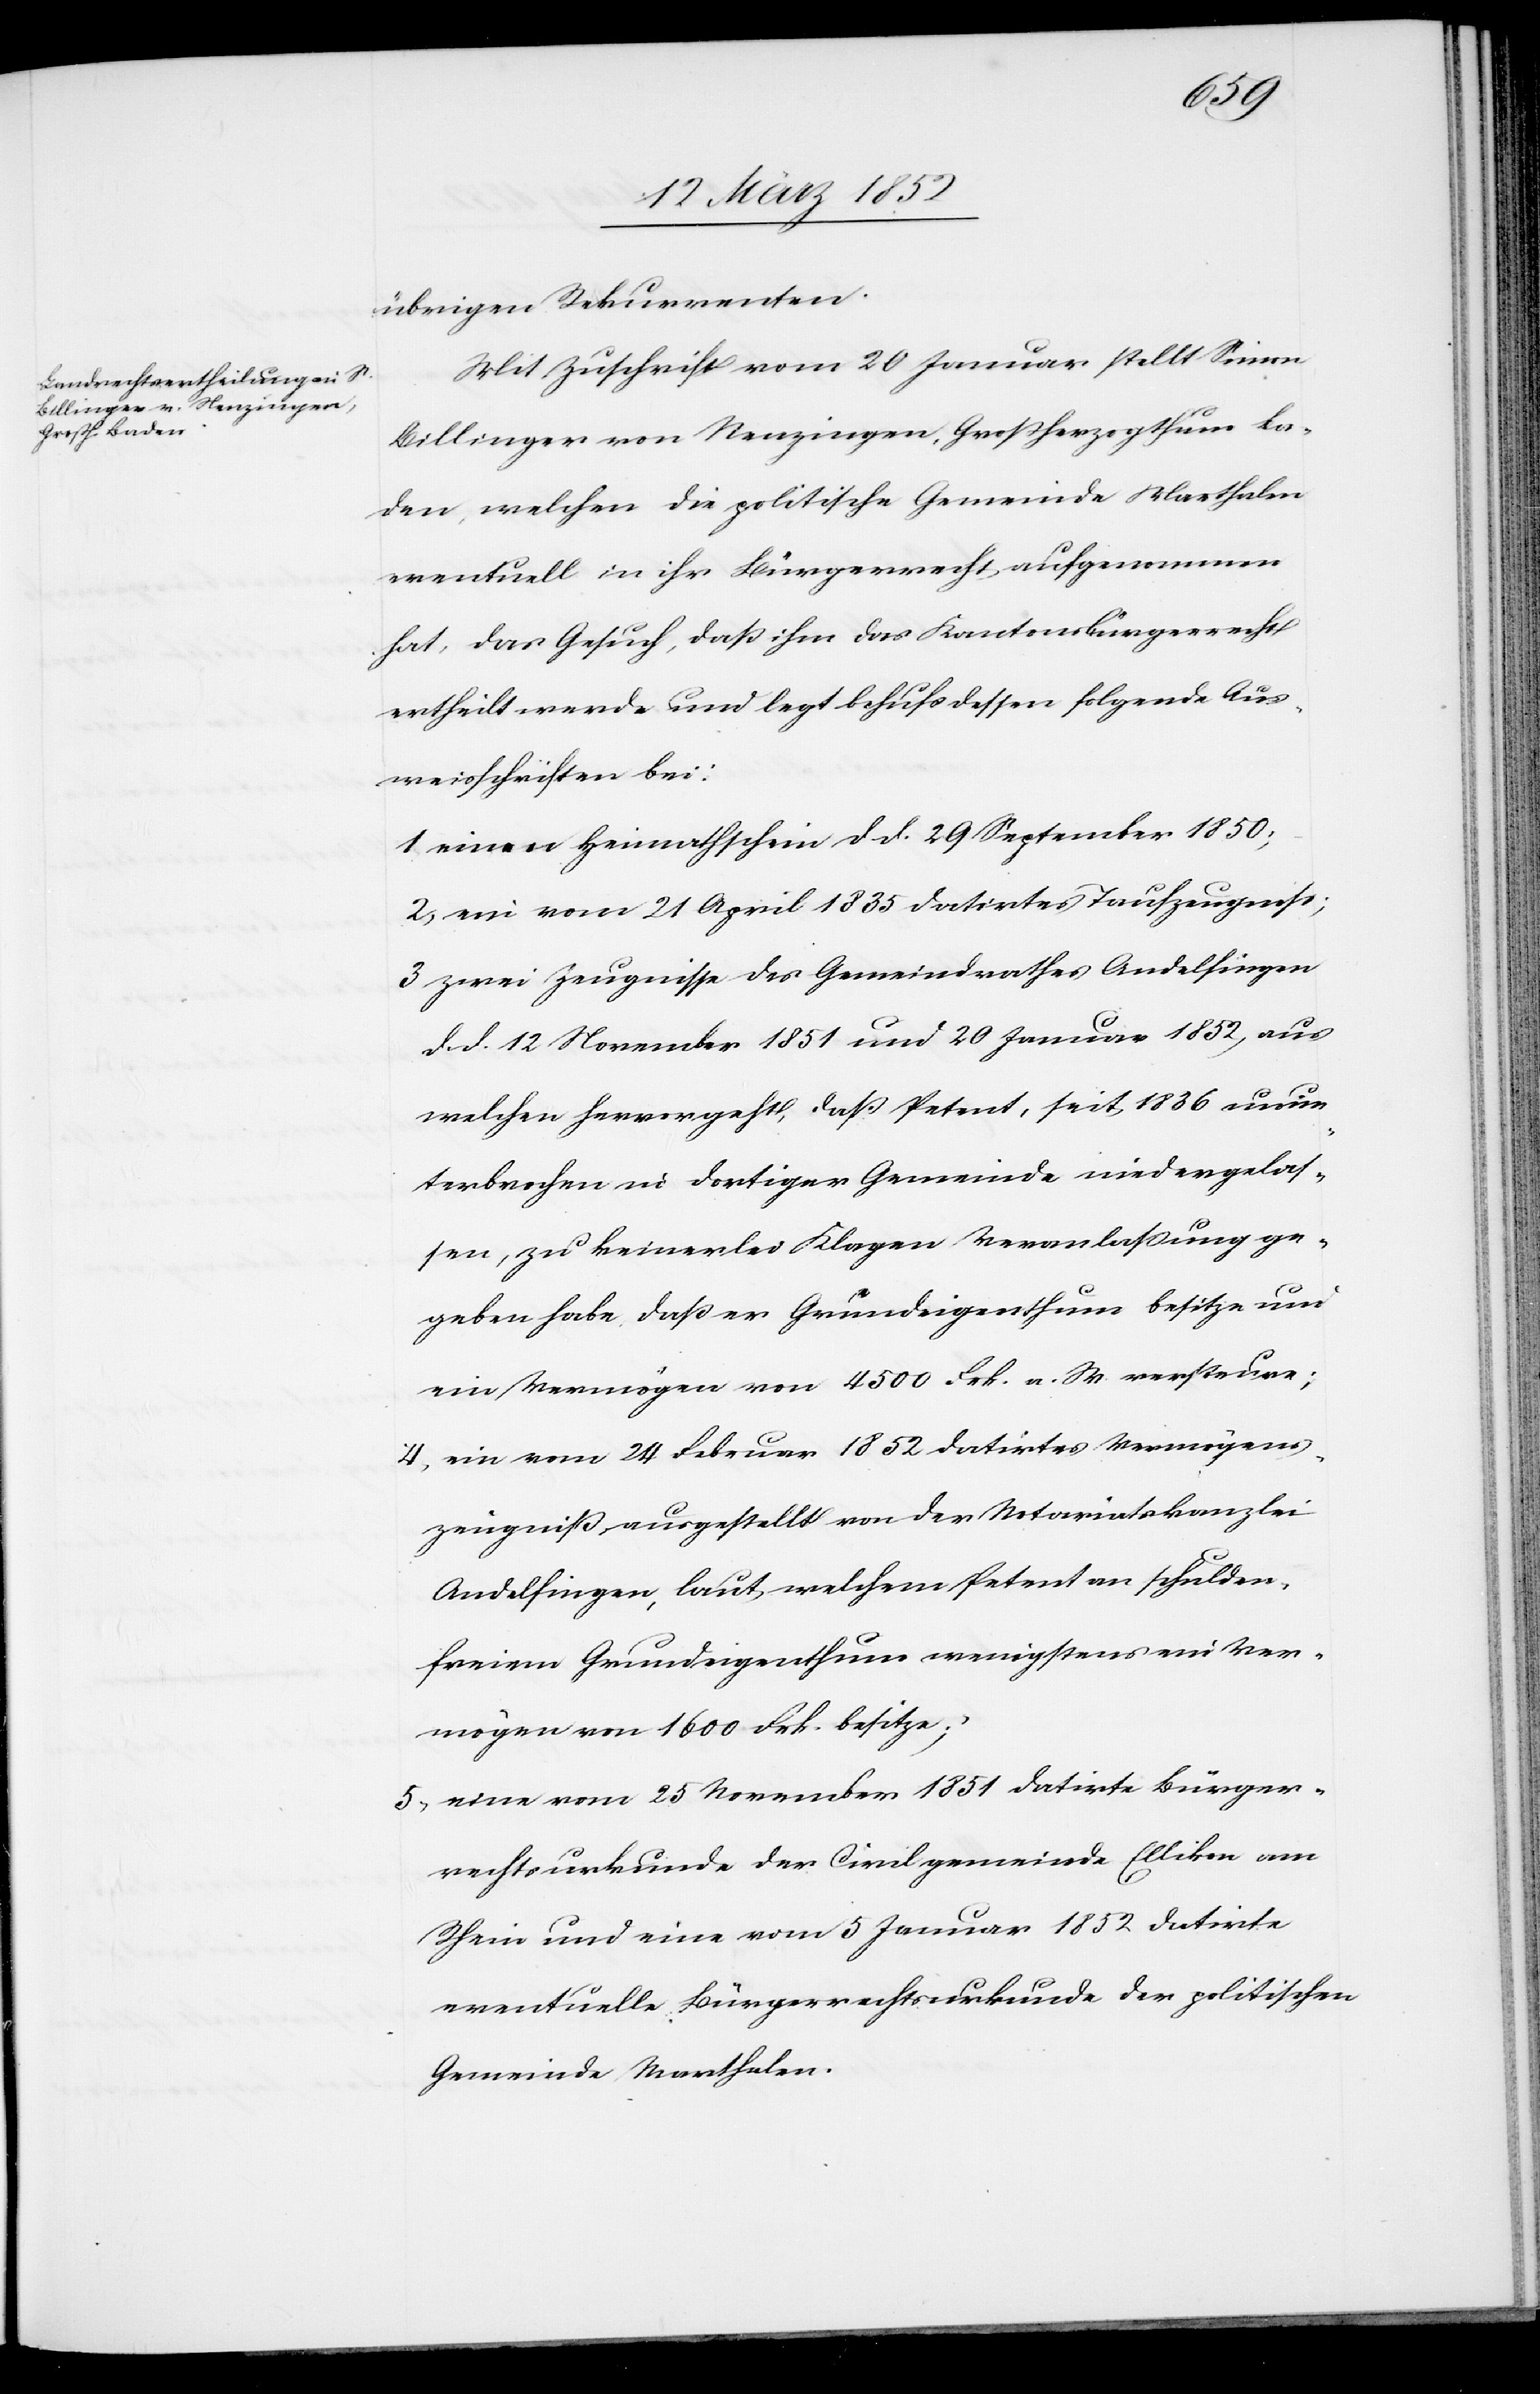
übrigen Rekurrenten.
Mit Zuschrift vom 20 Januar stellt Simon
Billinger von Nenzingen, Großherzogthum Ba¬
den, welchen die politische Gemeinde Marthalen
eventuell in ihr Bürgerrecht aufgenommen
hat, das Gesuch, daß ihm das Kantonsbürgerrecht
ertheilt werde und legt behufs dessen folgende Aus¬
weisschriften bei:
1 einen Heimathschein dd. 29 September 1850;
2) ein vom 21 April 1835 datirtes Taufzeugniß;
3 zwei Zeugnisse des Gemeindrathes Andelfingen
d. d. 12 November 1851 und 20 Januar 1852, aus
welchen hervorgeht, daß Petent, seit 1836 unun¬
terbrochen in dortiger Gemeinde niedergelas¬
sen, zu keinerlei Klagen Veranlaßung ge¬
geben habe, daß er Grundeigenthum besitze und
ein Vermögen von 4500 Frk. n. W. versteure;
4) ein vom 24 Februar 1852 datirtes Vermögens¬
zeugniß ausgestellt von der Notariatskanzlei
Andelfingen, laut welchem Petent an schulden¬
freiem Grundeigenthum wenigstens ein Ver¬
mögen von 1600 Frk. besitze;
5) eine vom 25 November 1851 datirte Bürger¬
rechtsurkunde der Civilgemeinde Ellikon am
Rhein und eine vom 5 Januar 1852 datirte
eventuelle Bürgerrechtsurkunde der politischen
Gemeinde Marthalen.